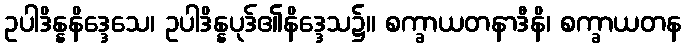
ဥပါဒိန္နနိဒ္ဒေသေ၊ ဥပါဒိန္နပုဒ်၏နိဒ္ဒေသ၌။ စက္ခာယတနာဒီနိ၊ စက္ခာယတန